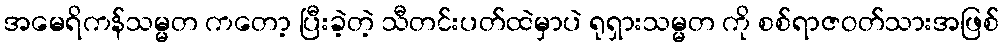
အမေရိကန်သမ္မတ ကတော့ ပြီးခဲ့တဲ့ သီတင်းပတ်ထဲမှာပဲ ရုရှားသမ္မတ ကို စစ်ရာဇဝတ်သားအဖြစ်